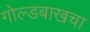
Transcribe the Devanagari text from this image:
गोल्डबाखचा